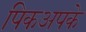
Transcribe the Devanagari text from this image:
पिकअपके